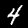
Label: 4